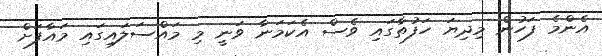
އެންމެ ފަހުން މިދިޔަ ހަފުތާގައި ވެސް އެކަމަނާ ވަނީ މި މައްސަލައިގައި މައާފަށް